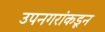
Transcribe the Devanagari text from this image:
उपनगरांकडून